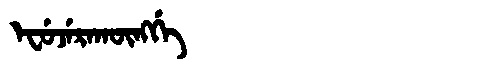
Manchu: ᡝᠸᡠᠵᡝᡵᠠᡴᡡᠩᡤᡝ
Romanization: EFUJERAKŪNGGE